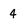
Character: 4